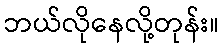
ဘယ်လိုနေလို့တုန်း။